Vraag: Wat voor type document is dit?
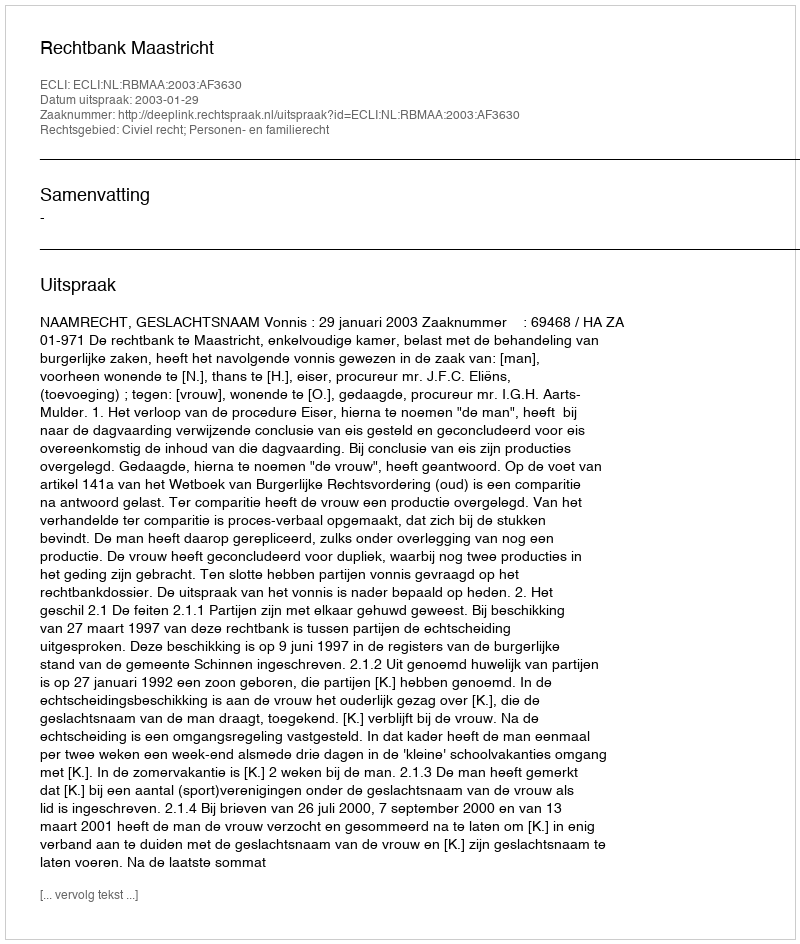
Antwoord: Uitspraak